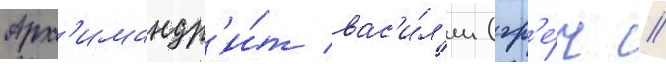
Арх'имандр'и́т вас'и́л'ии (гр'е́ч //